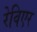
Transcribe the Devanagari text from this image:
रेविएर